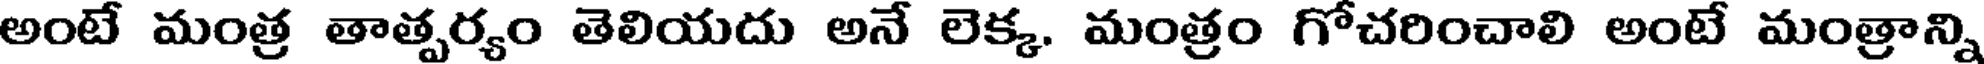
అంటే మంత్ర తాత్పర్యం తెలియదు అనే లెక్క. మంత్రం గోచరించాలి అంటే మంత్రాన్ని